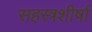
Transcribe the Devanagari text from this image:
सहस्त्रशीर्षा